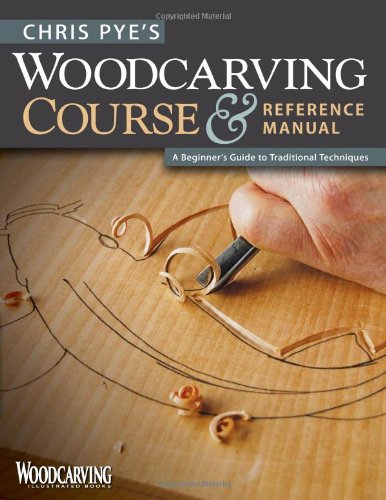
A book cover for Chris Pye's Woodcarving Course & Reference Manual: A Beginner's Guide to Traditional Techniques (Woodcarving Illustrated Books); Chris Pye; Crafts, Hobbies & Home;